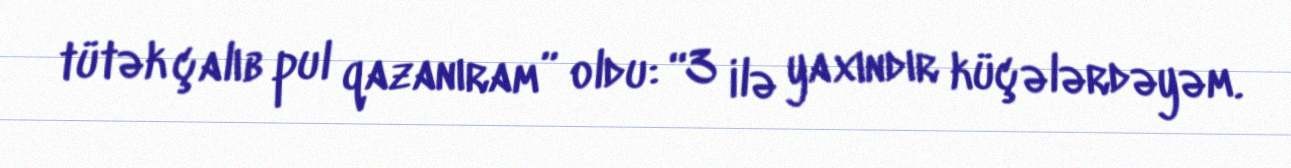
tütək çalıb pul qazanıram” oldu: “3 ilə yaxındır küçələrdəyəm.